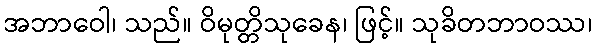
အဘာဝေါ၊ သည်။ ဝိမုတ္တိသုခေန၊ ဖြင့်။ သုခိတဘာဝဿ၊